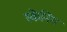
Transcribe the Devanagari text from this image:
स्केंनिंग